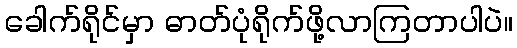
ခေါက်ရိုင်မှာ ဓာတ်ပုံရိုက်ဖို့လာကြတာပါပဲ။